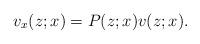
LaTeX: \begin{align*} v_x(z;x)=P(z;x)v(z;x).\end{align*}